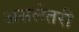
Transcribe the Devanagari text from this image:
असलेतरी